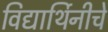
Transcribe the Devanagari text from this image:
विद्यार्थिनीचे